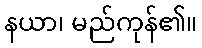
နယာ၊ မည်ကုန်၏။